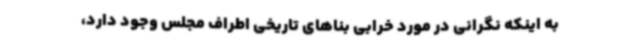
به اینکه نگرانی در مورد خرابی بناهای تاریخی اطراف مجلس وجود دارد،